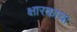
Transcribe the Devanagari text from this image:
क्षारकाचा